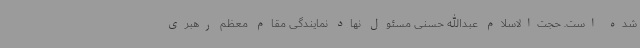
شده است. حجت‌الاسلام عبدالله حسنی مسئول نهاد نمایندگی مقام معظم رهبری